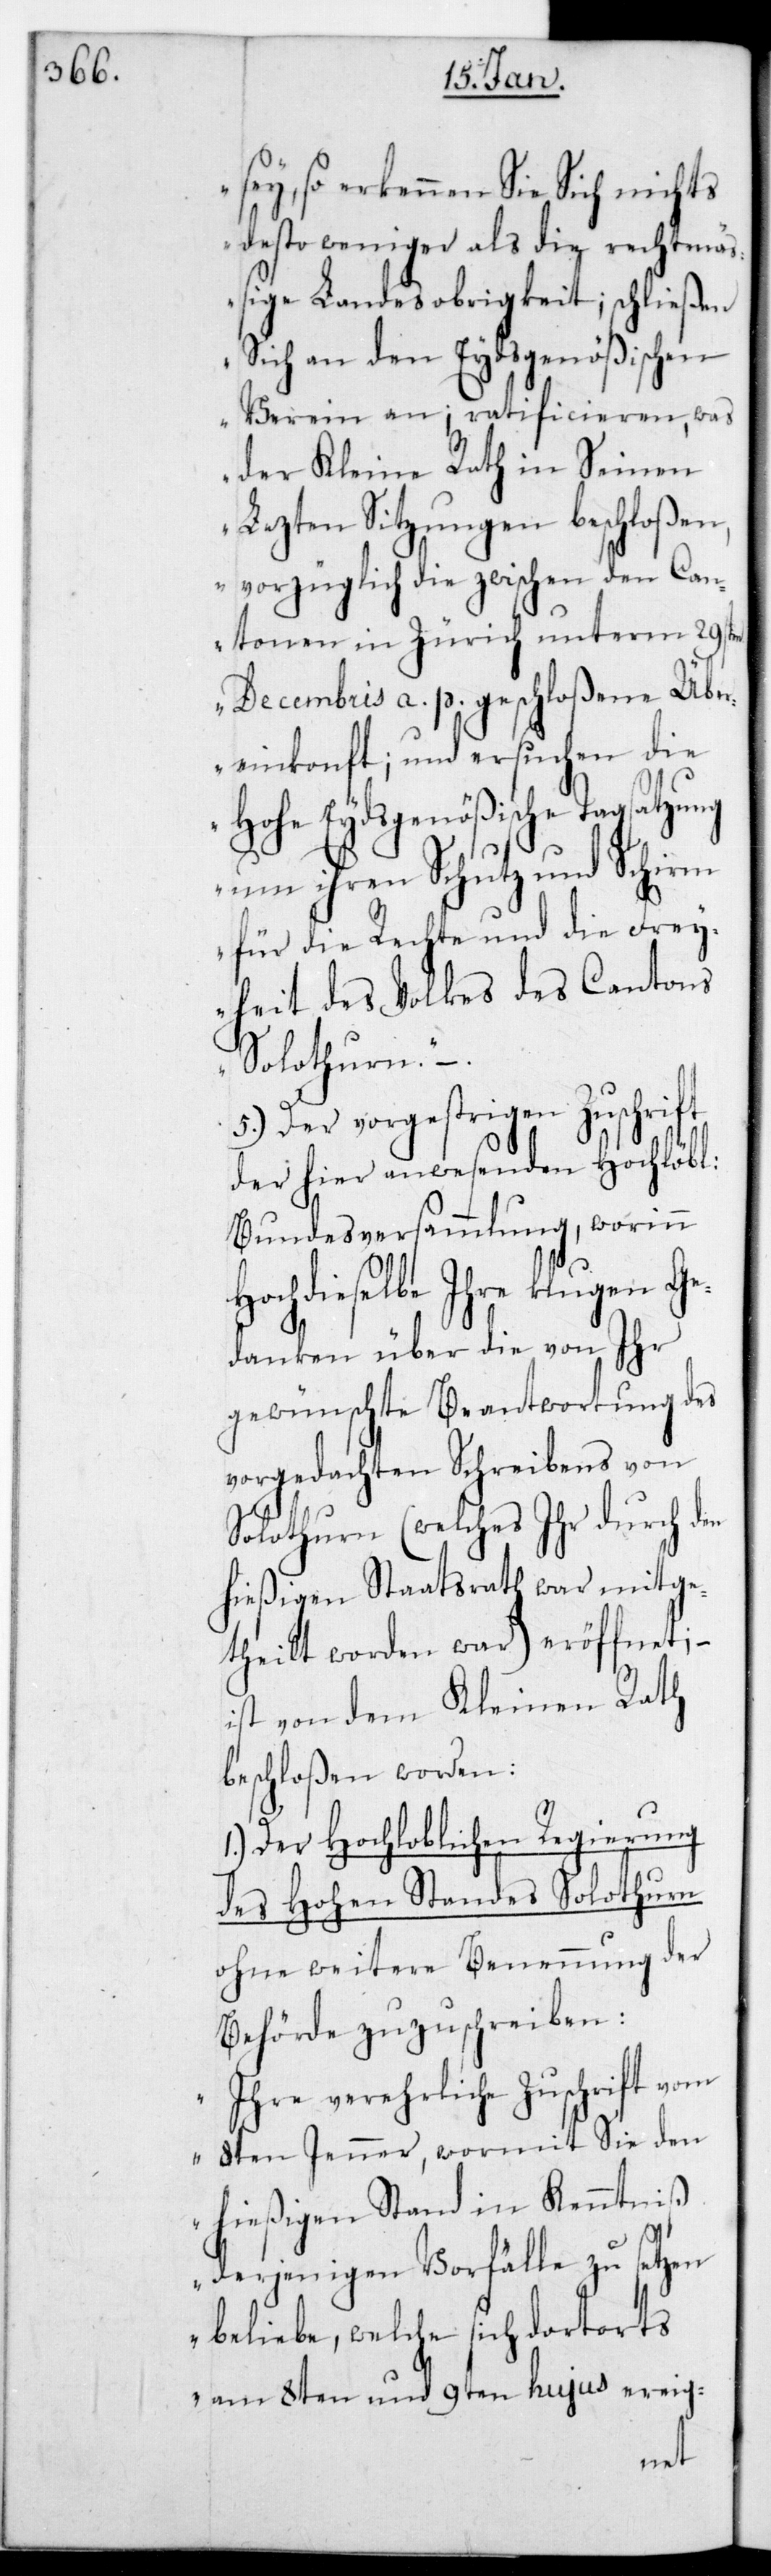
sey, so erkennen sie sich nichts
desto weniger als die rechtmäß¬
ige Landesobrigkeit; schließen
sich an den Eydsgenößischen
Verein an; ratificieren, was
der Kleine Rath in seinen
lezten Sitzungen beschloßen,
vorzüglich die zwischen den Can¬
tonen in Zürich unterm 29sten
Decembris a.p. geschloßene Übe¬
reinkonft; und ersuchen die
Hohe Eydsgenößische Tagsatzung
um ihren Schutz und Schirm
für die Rechte und die Frey¬
heit des Volkes des Cantons
Solothurn“.
5.) Der vorgestrigen Zuschrift
der hier anwesenden Hochlöbl.
Bundesversammlung, worinn
Hochdieselbe ihre klugen Ge¬
danken über die von ihr
gewünschte Beantwortung des
vorgedachten Schreibens von
Solothurn (welches ihr durch den
hießigen Staatsrath war mitge¬
theilt worden war) eröffnet; –
ist von dem Kleinen Rath
beschloßen worden:
I.) Der Hochloblichen Regierung
des Hohen Standes Solothurn
ohne weitere Benennung der
Behörde zuzuschreiben:
„Ihre verehrliche Zuschrift vom
8ten Jenner, wormit Sie den
hießigen Stand in Kenntniß
derjenigen Vorfälle zu setzen
beliebe, welche sich dortorts
am 8ten und 9ten hujus ereig-